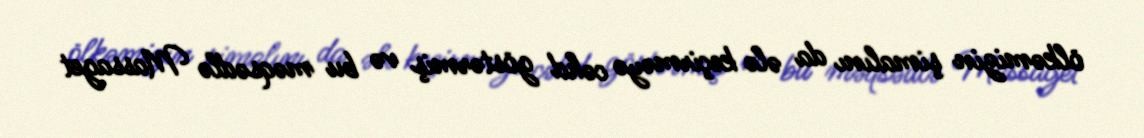
ölkəmizin şimalını da ələ keçirməyə cəhd göstərmiş və bu məqsədlə Massaget